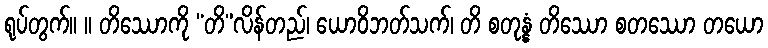
ရုပ်တွက်။ ။ တိဿောကို “တိ”လိန်တည်၊ ယောဝိဘတ်သက်၊ တိ စတုန္နံ တိဿော စတဿော တယော